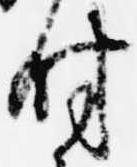
付